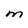
Character: M